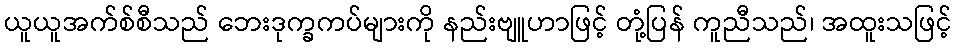
ယူယူအက်စ်စီသည် ဘေးဒုက္ခကပ်များကို နည်းဗျူဟာဖြင့် တုံ့ပြန် ကူညီသည်၊ အထူးသဖြင့်